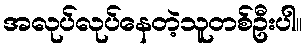
အလုပ်လုပ်နေတဲ့သူတစ်ဦးပါ။